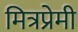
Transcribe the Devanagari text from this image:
मित्रप्रेमी